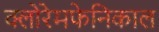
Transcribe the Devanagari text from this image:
क्लोरेमफेनिकाल